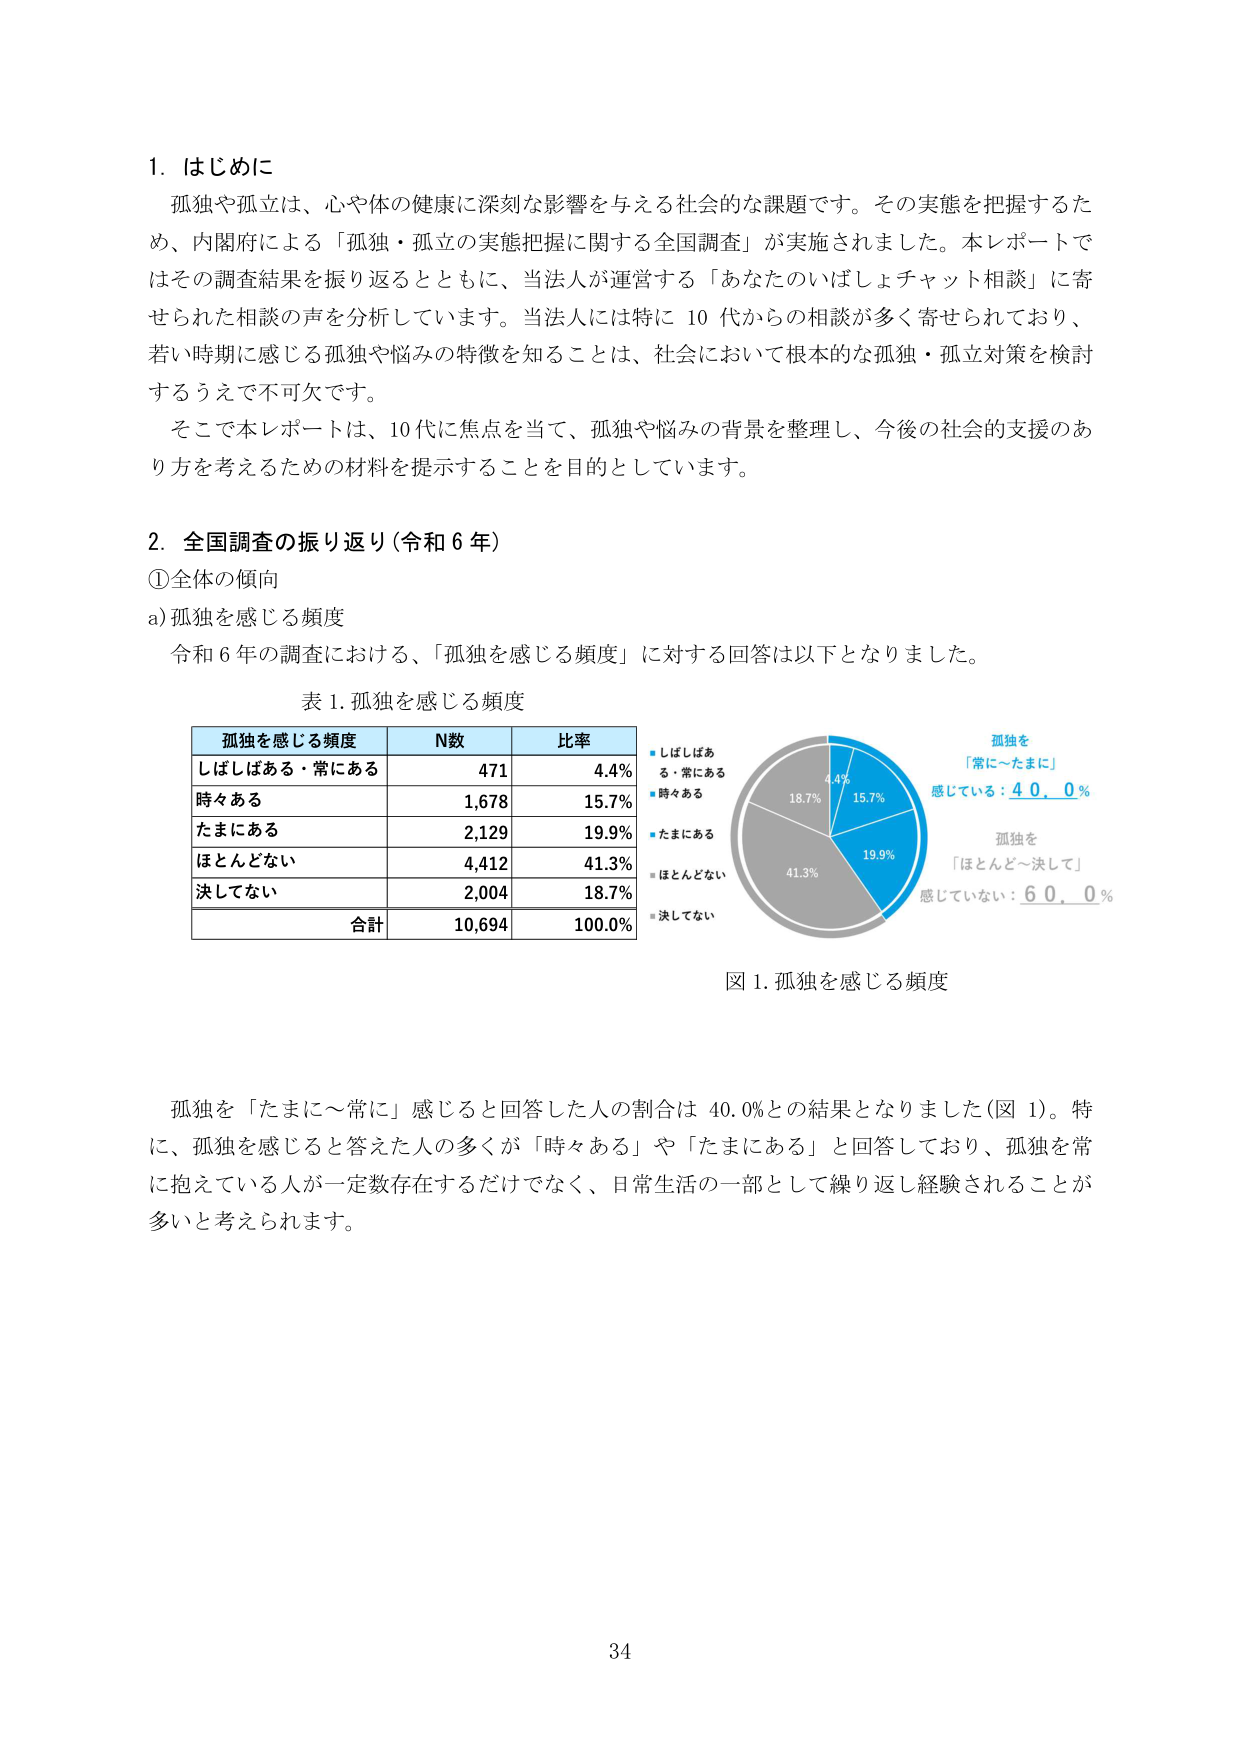
1. はじめに
孤独や孤立は、心や体の健康に深刻な影響を与える社会的な課題です。その実態を把握するため、内閣府による「孤独・孤立の実態把握に関する全国調査」が実施されました。本レポートではその調査結果を振り返るとともに、当法人が運営する「あなたのいばしょチャット相談」に寄せられた相談の声を分析しています。当法人には特に10代からの相談が多く寄せられており、若い時期に感じる孤独や悩みの特徴を知ることは、社会において根本的な孤独・孤立対策を検討するうえで不可欠です。
そこで本レポートは、10代に焦点を当て、孤独や悩みの背景を整理し、今後の社会的支援のあり方を考えるための材料を提示することを目的としています。

2. 全国調査の振り返り（令和6年）
①全体の傾向
a) 孤独を感じる頻度
令和6年の調査における、「孤独を感じる頻度」に対する回答は以下となりました。

表1. 孤独を感じる頻度
| 孤独を感じる頻度 | N数 | 比率 |
|------------------|-----|------|
| しばしばある・常にあら | 471 | 4.4% |
| 時々ある | 1,678 | 15.7% |
| たまにある | 2,129 | 19.9% |
| ほとんどない | 4,412 | 41.3% |
| 決してない | 2,004 | 18.7% |
| 合計 | 10,694 | 100.0% |

図1. 孤独を感じる頻度
（円グラフの凡例）
・しばしばある・常にあら：4.4%
・時々ある：15.7%
・たまにある：19.9%
・ほとんどない：41.3%
・決してない：18.7%
（グラフ右側の注釈）
孤独を「常に～たまに」感じている：40.0%
孤独を「ほとんど～決して」感じていない：60.0%

孤独を「たまに～常に」感じると回答した人の割合は40.0%との結果となりました（図1）。特に、孤独を感じると答えた人の多くが「時々ある」や「たまにある」と回答しており、孤独を常に抱えている人が一定数存在するだけでなく、日常生活の一部として繰り返し経験されることが多いと考えられます。

34